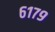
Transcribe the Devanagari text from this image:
६१७९